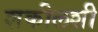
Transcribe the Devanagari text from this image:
शकीलशी